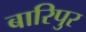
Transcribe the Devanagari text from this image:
बारिपुर